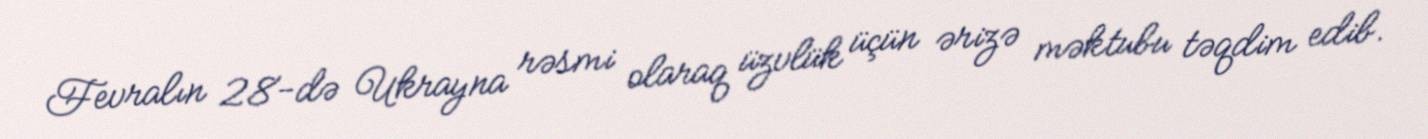
Fevralın 28-də Ukrayna rəsmi olaraq üzvlük üçün ərizə məktubu təqdim edib.